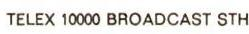
TELEX 10000 BROADCAST STH